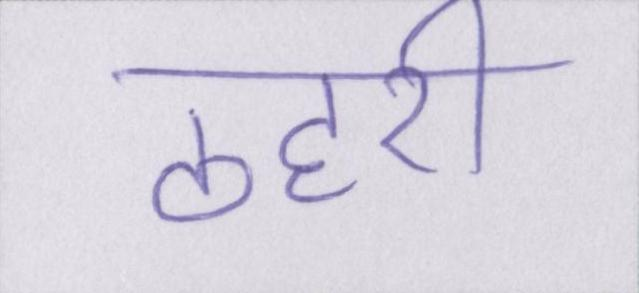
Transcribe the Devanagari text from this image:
ठहरी